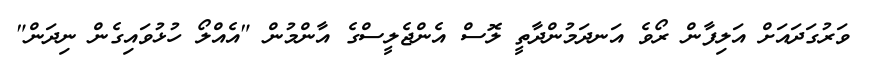
ވަރުގަދައަށް އަލިފާން ރޯވެ އަނދަމުންދާތީ ލޮސް އެންޖެލީސްގެ އާންމުން "އެއްލޯ ހުޅުވައިގެން ނިދަން"